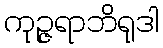
ကုဉ္ဇရာဘိရုဒါ